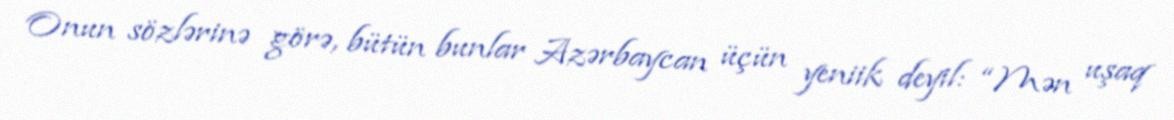
Onun sözlərinə görə, bütün bunlar Azərbaycan üçün yeniik deyil: “Mən uşaq